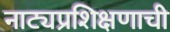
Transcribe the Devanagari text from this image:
नाट्यप्रशिक्षणाची